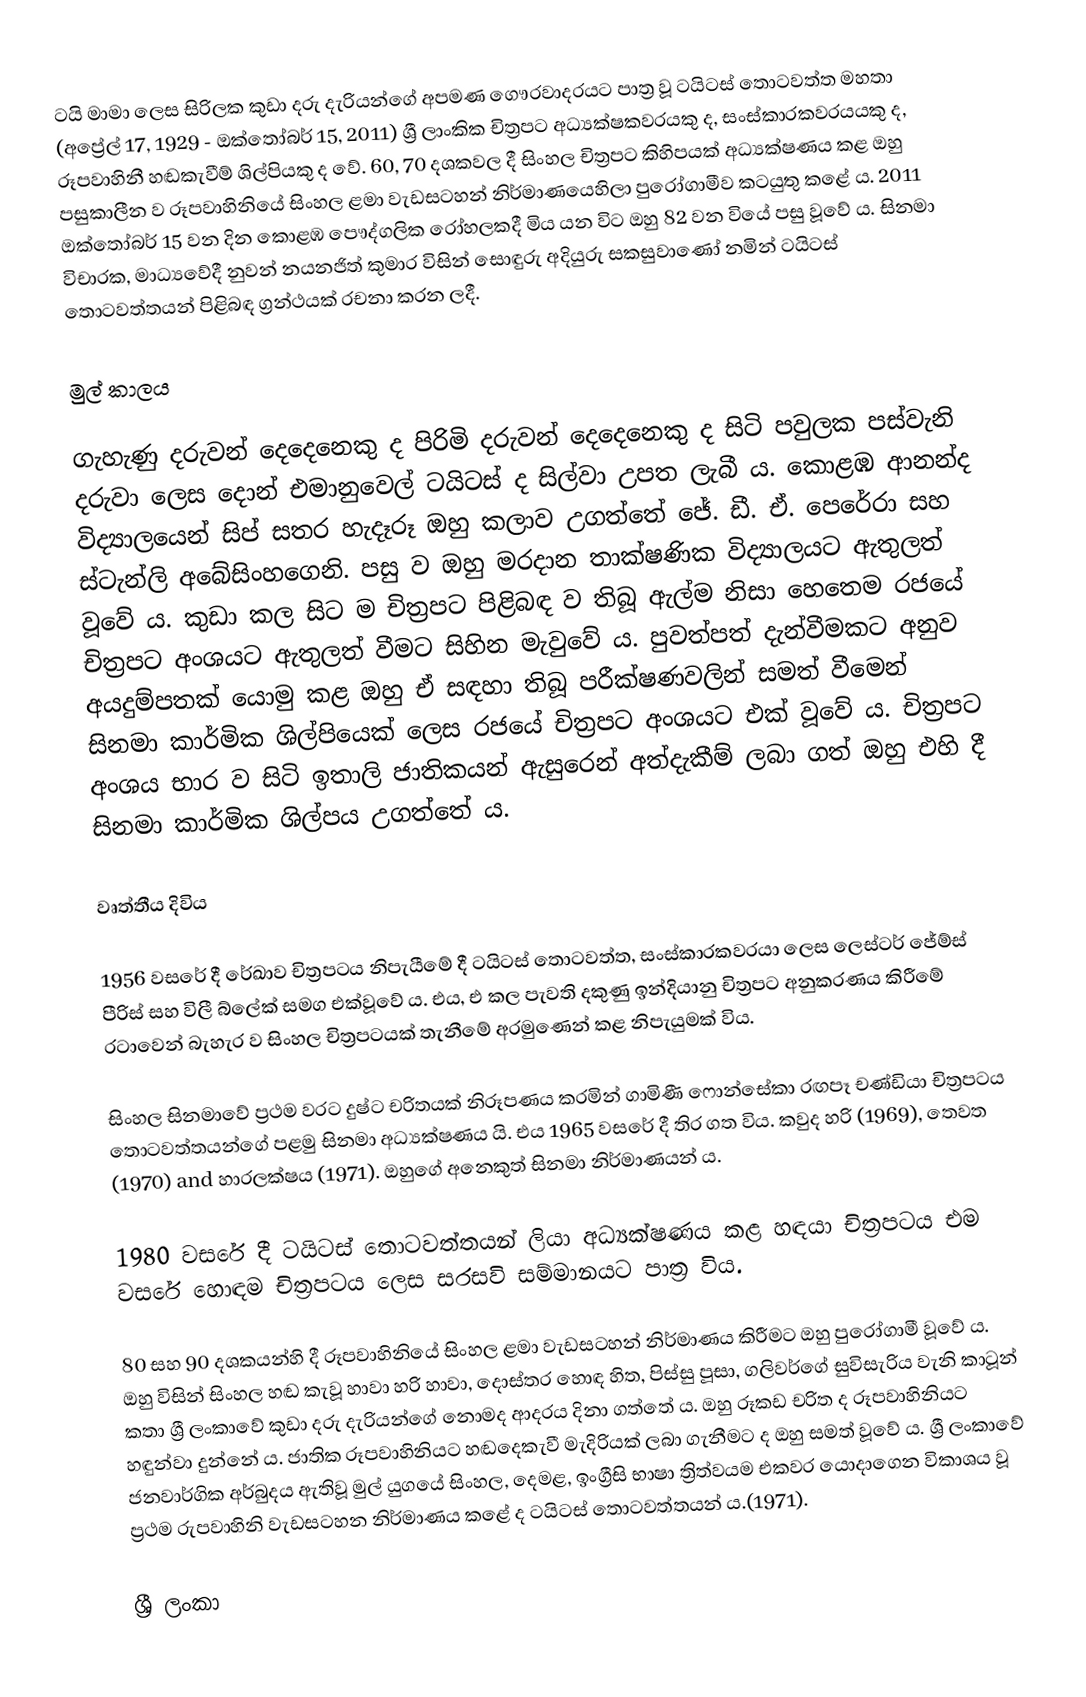
ටයි මාමා ලෙස සිරිලක කුඩා දරු දැරියන්ගේ අපමණ ගෞරවාදරයට පාත්‍ර වූ ටයිටස් තොටවත්ත මහතා (අප්‍රේල් 17, 1929 - ඔක්තෝබර් 15, 2011) ශ්‍රී ලාංකික චිත්‍රපට අධ්‍යක්ෂකවරයකු ද, සංස්කාරකවරයයකු ද, රූපවාහිනී හඬකැවීම් ශිල්පියකු ද වේ. 60, 70 දශකවල දී සිංහල චිත්‍රපට කිහිපයක් අධ්‍යක්ෂණය කළ ඔහු පසුකාලීන ව රූපවාහිනියේ සිංහල ළමා වැඩසටහන් නිර්මාණයෙහිලා පුරෝගාමීව කටයුතු කළේ ය. 2011 ඔක්තෝබර් 15 වන දින කොළඹ පෞද්ගලික රෝහලකදී මිය යන විට ඔහු 82 වන වියේ පසු වූවේ ය.  සිනමා විචාරක, මාධ්‍යවේදී නුවන් නයනජිත් කුමාර විසින් සොඳුරු අදියුරු සකසුවාණෝ නමින් ටයිටස් තොටවත්තයන් පිළිබඳ ග්‍රන්ථයක් රචනා කරන ලදී.

මුල් කාලය

ගැහැණු දරුවන් දෙදෙනෙකු ද පිරිමි දරුවන් දෙදෙනෙකු ද සිටි පවුලක පස්වැනි දරුවා ලෙස දොන් එමානුවෙල් ටයිටස් ද සිල්වා උපත ලැබී ය. කොළඹ ආනන්ද විද්‍යාලයෙන් සිප් සතර හැදෑරූ ඔහු කලාව උගත්තේ ජේ. ඩී. ඒ. පෙරේරා සහ ස්ටැන්ලි අබේසිංහගෙනි. පසු ව ඔහු මරදාන තාක්ෂණික විද්‍යාලයට ඇතුලත් වූවේ ය. කුඩා කල සිට ම චිත්‍රපට පිළිබඳ ව තිබූ ඇල්ම නිසා හෙතෙම රජයේ චිත්‍රපට අංශයට ඇතුලත් වීමට සිහින මැවුවේ ය. පුවත්පත් දැන්වීමකට අනුව අයදුම්පතක් යොමු කළ ඔහු ඒ සඳහා තිබූ පරීක්ෂණවලින් සමත් වීමෙන් සිනමා කාර්මික ශිල්පියෙක් ලෙස රජයේ චිත්‍රපට අංශයට එක් වූවේ ය. චිත්‍රපට අංශය භාර ව සිටි ඉතාලි ජාතිකයන් ඇසුරෙන් අත්දැකීම් ලබා ගත් ඔහු එහි දී සිනමා කාර්මික ශිල්පය උගත්තේ ය.

වෘත්තීය දිවිය

1956 වසරේ දී රේඛාව චිත්‍රපටය නිපැයීමේ දී ටයිටස් තොටවත්ත, සංස්කාරකවරයා ලෙස ලෙස්ටර් ජේම්ස් පීරිස් සහ විලී බ්ලේක්   සමග එක්වූවේ ය.  එය, එ කල පැවති දකුණු ඉන්දියානු චිත්‍රපට අනුකරණය කිරීමේ රටාවෙන් බැහැර ව සිංහල චිත්‍රපටයක් තැනීමේ අරමුණෙන් කළ නිපැයුමක් විය.

සිංහල සිනමාවේ ප්‍රථම වරට දුෂ්ට චරිතයක් නිරූපණය කරමින් ගාමිණී ෆොන්සේකා රඟපෑ චණ්ඩියා චිත්‍රපටය තොටවත්තයන්ගේ පළමු සිනමා අධ්‍යක්ෂණය යි. එය 1965 වසරේ දී තිර ගත විය.  කවුද හරි (1969), තෙවත (1970) and හාරලක්ෂය (1971). ඔහුගේ අනෙකුත් සිනමා නිර්මාණයන් ය.

1980 වසරේ දී ටයිටස් තොටවත්තයන් ලියා අධ්‍යක්ෂණය කළ හඳයා චිත්‍රපටය එම වසරේ හොඳම චිත්‍රපටය ලෙස සරසවි සම්මානයට පාත්‍ර විය.

80 සහ 90 දශකයන්හි දී රූපවාහිනියේ සිංහල ළමා වැඩසටහන් නිර්මාණය කිරීමට ඔහු පුරෝගාමී වූවේ ය. ඔහු විසින් සිංහල හඬ කැවූ හාවා හරි හාවා, දොස්තර හොඳ හිත, පිස්සු පූසා, ගලිවර්ගේ සුවිසැරිය වැනි කාටූන් කතා ශ්‍රී ලංකාවේ කුඩා දරු දැරියන්ගේ නොමද ආදරය දිනා ගත්තේ ය. ඔහු රූකඩ චරිත ද රූපවාහිනියට හඳුන්වා දුන්නේ ය. ජාතික රූපවාහිනියට හඬදෙකැවී මැදිරියක් ලබා ගැනීමට ද ඔහු සමත් වූවේ ය. ශ්‍රී ලංකාවේ ජනවාර්ගික අර්බුදය ඇතිවූ මුල් යුගයේ සිංහල, දෙමළ, ඉංග්‍රීසි භාෂා ත්‍රිත්වයම එකවර යොදාගෙන විකාශය වූ ප්‍රථම රුපවාහිනි වැඩසටහන නිර්මාණය කළේ ද ටයිටස් තොටවත්තයන් ය.(1971).

ශ්‍රී ලංකා